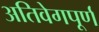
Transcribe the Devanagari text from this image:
अतिवेगपूर्ण